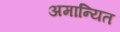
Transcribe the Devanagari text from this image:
अमान्यित